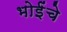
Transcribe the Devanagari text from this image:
भोईंचे